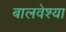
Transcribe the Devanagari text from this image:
बालवेश्या